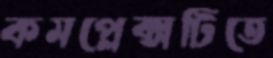
কমপ্লেক্সটিতে